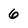
Character: 6